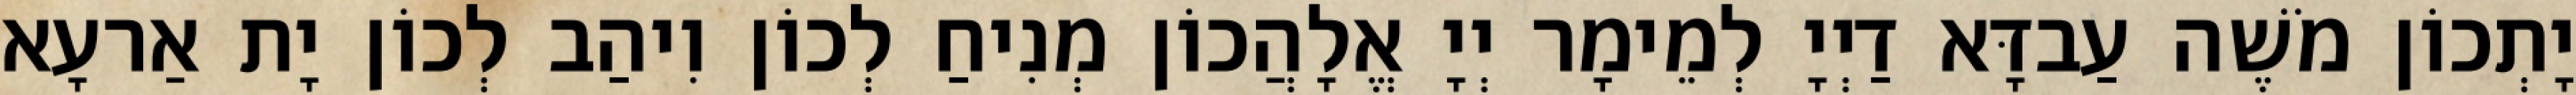
יָתְכוֹן מֹשֶׁה עַבדָּא דַיְיָ לְמֵימָר יְיָ אֱלָהֲכוֹן מְנִיחַ לְכוֹן וִיהַב לְכוֹן יָת אַרעָא